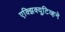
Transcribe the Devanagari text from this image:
एक्झिक्युटिव्हने